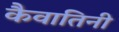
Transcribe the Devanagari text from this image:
कैवातिनी